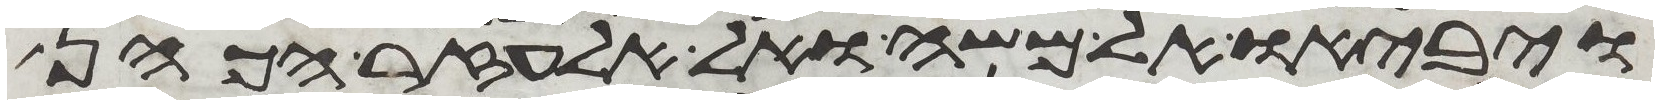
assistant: ויביאו אל משה ואל אלעזר הכהן